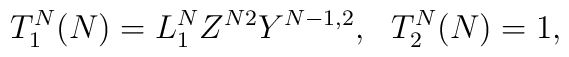
T_1^N(N)=L_1^NZ^{N2}Y^{N-1,2},\ \ T_2^N(N)=1,